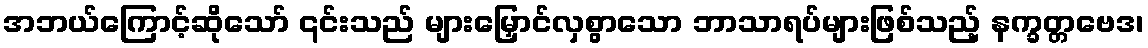
အဘယ်ကြောင့်ဆိုသော် ၎င်းသည် များမြှောင်လှစွာသော ဘာသာရပ်များဖြစ်သည့် နက္ခတ္တဗေဒ၊